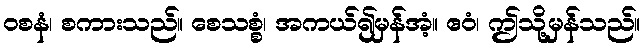
ဝစနံ၊ စကားသည်။ စေသစ္စံ၊ အကယ်၍မှန်အံ့။ ဧဝံ၊ ဤသို့မှန်သည်။